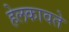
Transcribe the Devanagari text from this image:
हेलकावते